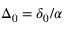
\Delta _ { 0 } = \delta _ { 0 } / \alpha